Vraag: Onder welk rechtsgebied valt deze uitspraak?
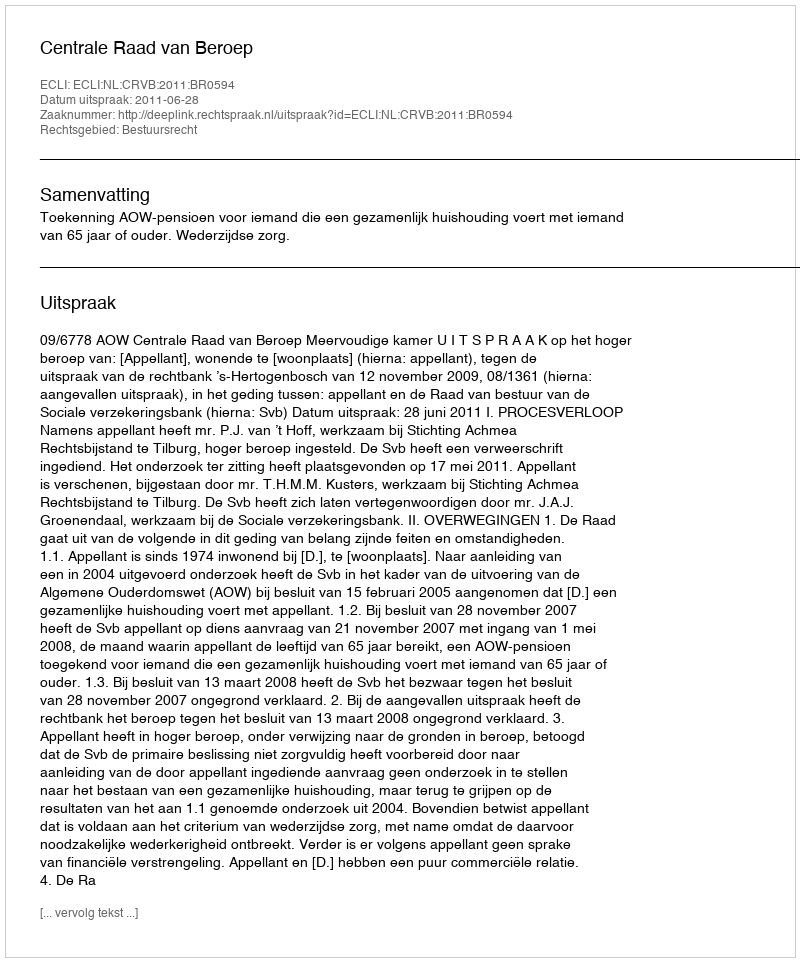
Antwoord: Bestuursrecht